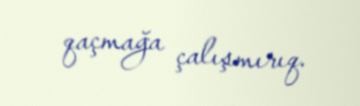
qaçmağa çalışmırıq.